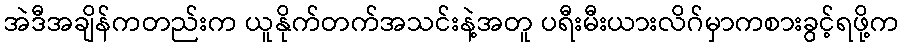
အဲဒီအချိန်ကတည်းက ယူနိုက်တက်အသင်းနဲ့အတူ ပရီးမီးယားလိဂ်မှာကစားခွင့်ရဖို့က